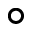
\circ